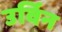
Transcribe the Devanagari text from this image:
उर्विन